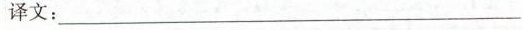
译文：___